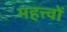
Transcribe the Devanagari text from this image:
महत्त्वों